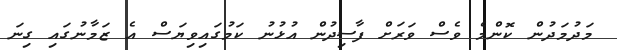
މަދުމަދުން ކޮންމެ ވެސް ވަރަށް ފާސިދުން އުޅުނު ކަމުގައިވިޔަސް އެ ޒަމާނުގައި ގިނަ